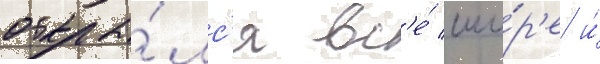
открыва́лс'я вс'е́ ши́р'е и́